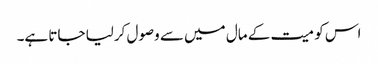
اس کو میت کے مال میں سے وصول کرلیا جاتا ہے۔